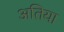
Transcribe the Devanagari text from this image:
अतिया